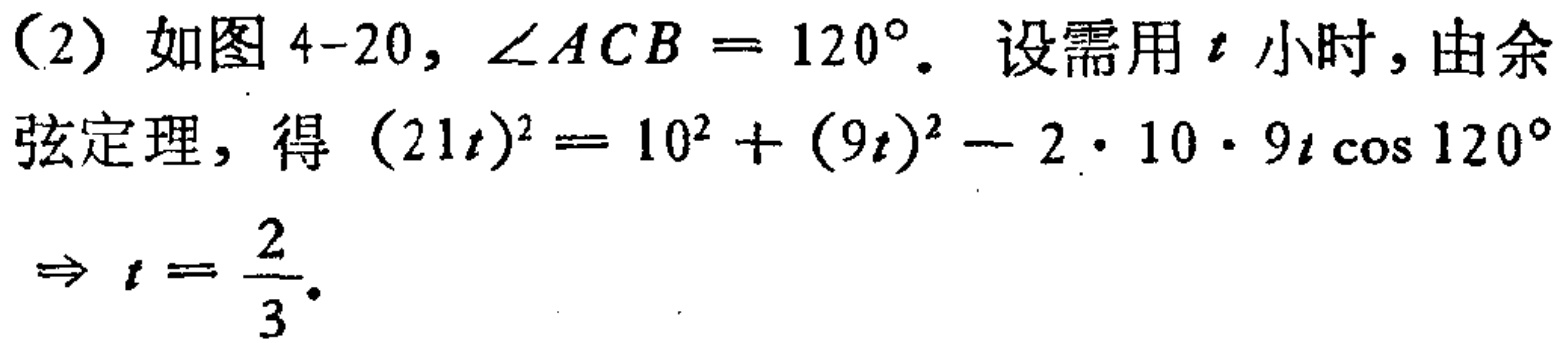
（2）如图4-20，\(\angle ACB = 120^{\circ}\)。设需用\(t\)小时，由余弦定理，得\((21t)^{2}=10^{2}+(9t)^{2}-2\cdot 10\cdot 9t\cos 120^{\circ}\)
\(\Rightarrow t = \frac{2}{3}\)。